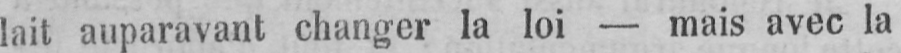
lait auparavant changer la loi - mais avec la